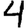
Digit: 4